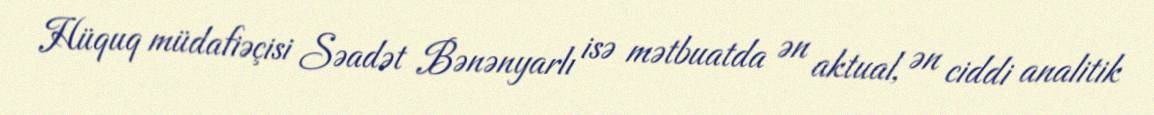
Hüquq müdafiəçisi Səadət Bənənyarlı isə mətbuatda ən aktual, ən ciddi analitik